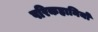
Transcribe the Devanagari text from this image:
परिकहानियों